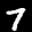
Label: 7